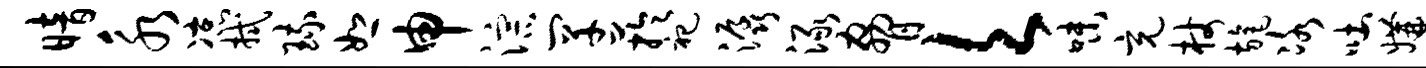
暗永凉拭琉恕申淙罕芋祀潺渌胁欠味充杖旄冰吐媾